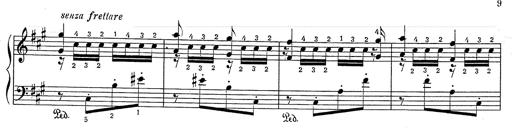
Title: Hungarian Rhapsody No.2
Composer: Franz Liszt
Key: C-sharp minor